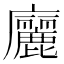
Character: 廲